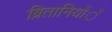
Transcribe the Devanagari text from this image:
ब्रितानियोंें